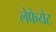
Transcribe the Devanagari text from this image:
लेफेयेट